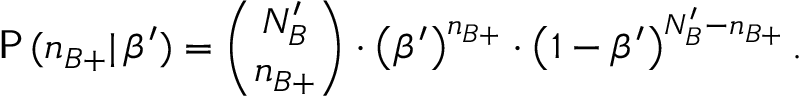
\quad \: \mathsf { P } \, ( n _ { B + } | \, \beta ^ { \prime } ) = { \binom { N _ { B } ^ { \prime } } { n _ { B + } } } \cdot { \left( \beta ^ { \prime } \right) } ^ { n _ { B + } } \cdot \left( 1 - \beta ^ { \prime } \right) ^ { N _ { B } ^ { \prime } - n _ { B + } } .